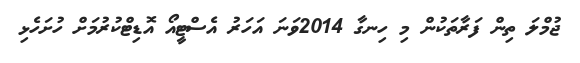
ޖުމްލަ ތިން ފަރާތަކުން މި ހިނގާ 2014ވަނަ އަހަރު އެސްޓީއޯ އޮޑިޓްކުރުމަށް ހުށަހެޅި